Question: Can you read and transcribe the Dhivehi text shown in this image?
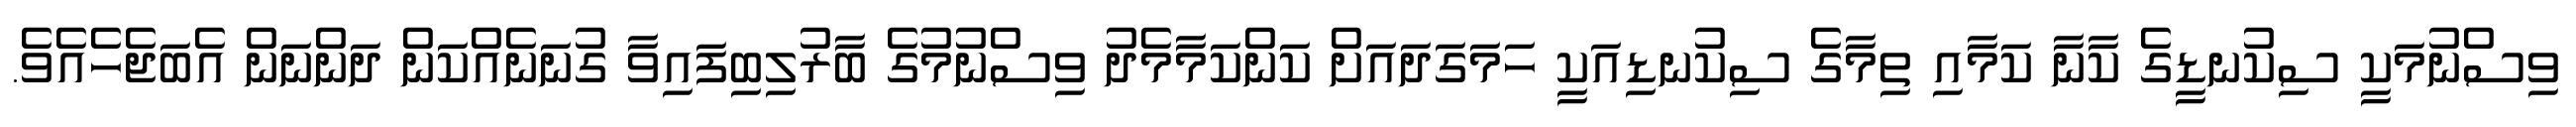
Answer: ވިސްނުމަކީ ސިކުނޑީގެ ކާނާ ކަމާއި ތިމާގެ ސިކުނޑިއަކީ ހަމަގަދައަށް ކަންކަމާމެދު ވިސްނުމުގެ ބާރުލިބިފައިވާ ގުނަނެއްކަން ދަންނަން އެބަޖެހެއެވެ.